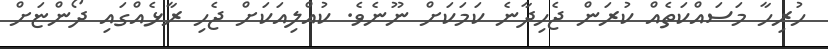
ހުރިހާ މަސައްކަތެއް ކުރަން ޖެހިދާނެ ކަމަކަށް ނޫނެވެ. ކުއްލިއަކަށް ޖެހި ރާޅެއްގައި ދޯންޏަށް